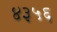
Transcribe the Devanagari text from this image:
४३५६